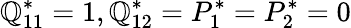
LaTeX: \mathbb{Q}_{11}^{*}=1,\mathbb{Q}_{12}^{*}=P_{1}^{*}=P_{2}^{*}=0